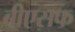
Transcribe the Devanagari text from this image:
बीएसफ